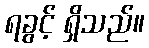
ရခွင့် ရှိသည်။